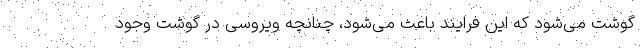
گوشت می‌شود که این فرایند باعث می‌شود، چنانچه ویروسی در گوشت وجود